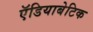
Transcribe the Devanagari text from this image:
ऍडियाबेटिक